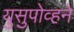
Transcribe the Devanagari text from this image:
युसुपोव्हने